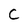
Character: C